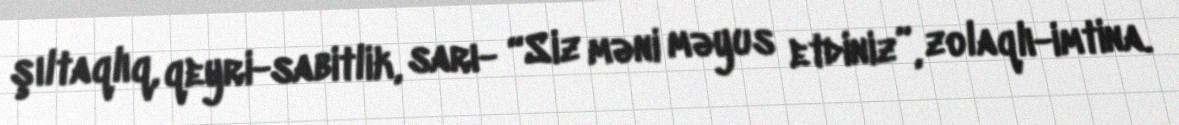
şıltaqlıq, qeyri-sabitlik, sarı- “Siz məni məyus etdiniz”, zolaqlı-imtina.